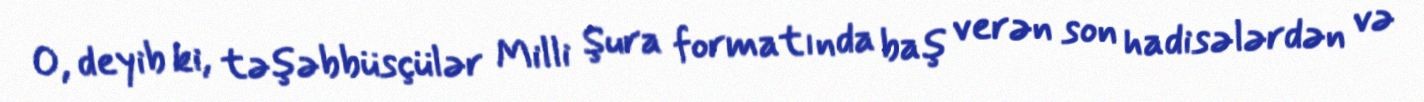
O, deyib ki, təşəbbüsçülər Milli Şura formatında baş verən son hadisələrdən və